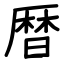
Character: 暦